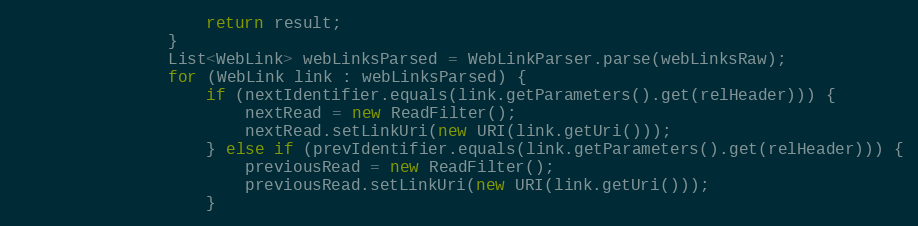
Language: Java
                    return result;
                }
                List<WebLink> webLinksParsed = WebLinkParser.parse(webLinksRaw);
                for (WebLink link : webLinksParsed) {
                    if (nextIdentifier.equals(link.getParameters().get(relHeader))) {
                        nextRead = new ReadFilter();
                        nextRead.setLinkUri(new URI(link.getUri()));
                    } else if (prevIdentifier.equals(link.getParameters().get(relHeader))) {
                        previousRead = new ReadFilter();
                        previousRead.setLinkUri(new URI(link.getUri()));
                    }